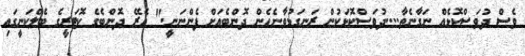
ވެސް ދުވަސްކޮޅެއް ނަގާނެތާ....ދުވަސްކޮޅަކުން ރަނގަޅުވާނެހެން ދޮންބެއަށް ފެންނަނީ." އެރޭ ދޮންބެގެ ކޮޓަރީގެ ބެލްކަނީގައި